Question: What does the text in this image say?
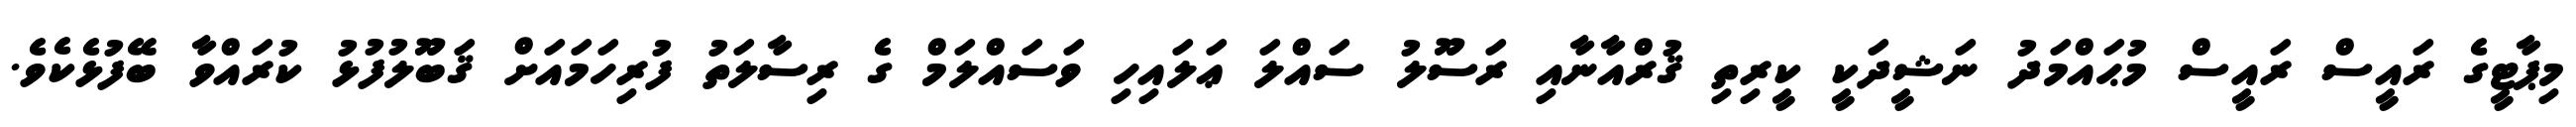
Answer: މިޕާޓީގެ ރައީސް ރައީސް މުޙައްމަދު ނަޝީދަކީ ކީރިތި ޤުރްއާނާއި ރަސޫލު ސައްލަ ޢަލައިހި ވަސައްލަމް ގެ ރިސާލަތު ފުރިހަމައަށް ޤަބޫލުފުޅު ކުރައްވާ ބޭފުޅެކެވެ.